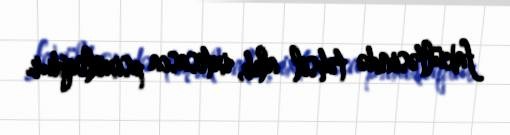
fakültəsində təhsil alıb, ixtisasca psixoloqdur.